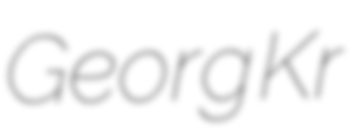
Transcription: Georg Kr